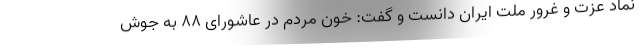
نماد عزت و غرور ملت ایران دانست و گفت: خون مردم در عاشورای 88 به جوش